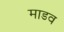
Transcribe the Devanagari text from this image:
माडव